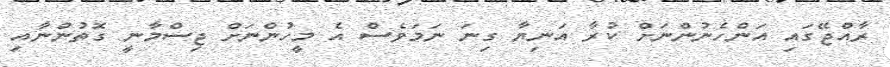
ރާއްޖޭގައި އަންހެނުންނަށް ކުރާ އަނިޔާ ގިނަ ނަމަވެސް އެ މީހުންނަށް ޖިސްމާނީ ގޮތުންނާއި